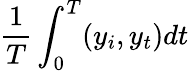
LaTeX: \frac{1}{T}\int_{0}^{T}(y_{i},y_{t})dt